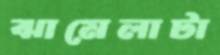
ঝামেলাটা